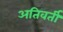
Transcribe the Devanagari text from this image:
अतिवर्ती